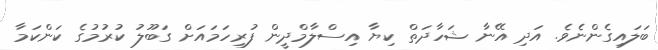
ބަލައިގެންނެވެ. އަދި އޭނާ ޝަހާދަތް ކިޔާ އިސްލާމްދީން ފުރިހަމައަށް ގަބޫލު ކުރުމުގެ ކަންކަމާ